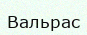
Вальрас